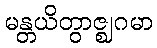
မန္တယိတွာဇ္ဈဂမာ